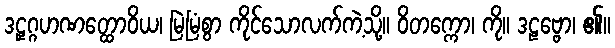
ဒဠှဂ္ဂဟဏတ္ထောဝိယ၊ မြဲမြံစွာ ကိုင်သောလက်ကဲ့သို့။ ဝိတက္ကော၊ ကို။ ဒဠဗ္ဗော၊ ၏။